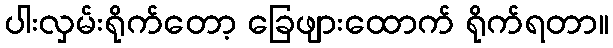
ပါးလှမ်းရိုက်တော့ ခြေဖျားထောက် ရိုက်ရတာ။